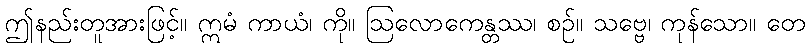
ဤနည်းတူအားဖြင့်။ ဣမံ ကာယံ၊ ကို။ ဩလောကေန္တဿ၊ စဉ်။ သဗ္ဗေ၊ ကုန်သော။ တေ